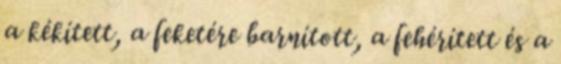
a kékített, a feketére barnított, a fehérített és a